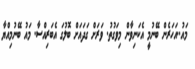
މައު..އަހަރެން ބޭނުމީ އެކަނިވާން މިވަގުތު. ވަރަށް ގަދައަށް ބޮލުގަ އެބަރިއްސާ. މައު ބޭނުމިއްޔާ